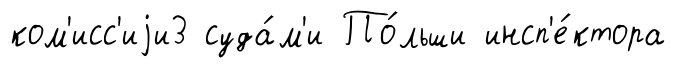
ком'исс'иjи3 суда́м'и По́льши инсп'е́ктора